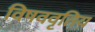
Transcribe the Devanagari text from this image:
विषववृतिय